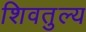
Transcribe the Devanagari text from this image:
शिवतुल्य